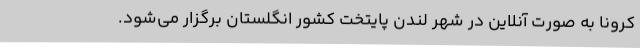
کرونا به صورت آنلاین در شهر لندن پايتخت کشور انگلستان برگزار می‌شود.